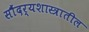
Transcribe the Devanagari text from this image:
सौंदर्यशास्त्रातील